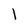
Character: l